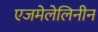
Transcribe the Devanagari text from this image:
एजमेलेलिनीन